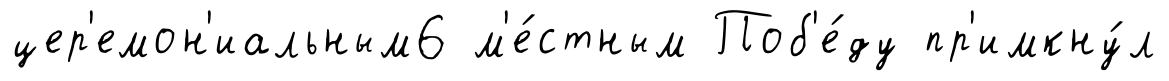
цер'емон'иальным6 м'е́стным Поб'е́ду пр'имкну́л